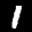
Label: 1